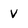
Character: v